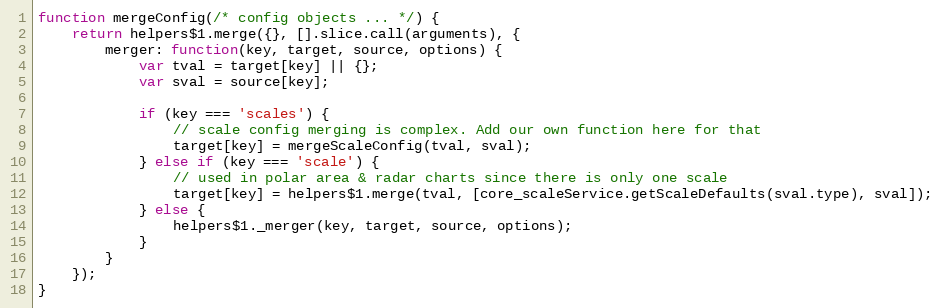
Language: JavaScript
function mergeConfig(/* config objects ... */) {
	return helpers$1.merge({}, [].slice.call(arguments), {
		merger: function(key, target, source, options) {
			var tval = target[key] || {};
			var sval = source[key];

			if (key === 'scales') {
				// scale config merging is complex. Add our own function here for that
				target[key] = mergeScaleConfig(tval, sval);
			} else if (key === 'scale') {
				// used in polar area & radar charts since there is only one scale
				target[key] = helpers$1.merge(tval, [core_scaleService.getScaleDefaults(sval.type), sval]);
			} else {
				helpers$1._merger(key, target, source, options);
			}
		}
	});
}